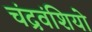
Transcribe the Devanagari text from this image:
चंद्रवंशियो